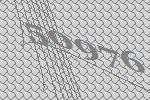
50976